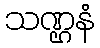
သဏ္ဌနံ